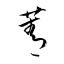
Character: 菁